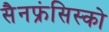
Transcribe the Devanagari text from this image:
सैनफ्रंसिस्को